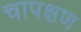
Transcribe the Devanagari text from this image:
चापक्षण